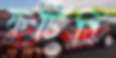
ফুটিবি